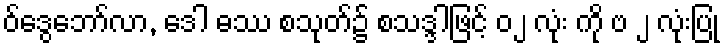
ဝ်ဒွေဘော်လာ, ဒေါ ဓဿ စသုတ်၌ စသဒ္ဒါဖြင့် ၀၂ လုံး ကို ဗ ၂ လုံးပြု